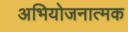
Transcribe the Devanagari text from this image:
अभियोजनात्मक